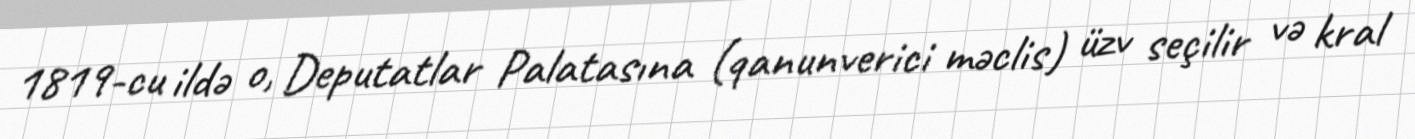
1819-cu ildə o, Deputatlar Palatasına (qanunverici məclis) üzv seçilir və kral